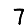
Digit: 7